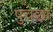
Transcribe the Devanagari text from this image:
पुचछा